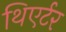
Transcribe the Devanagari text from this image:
थिएर्टर